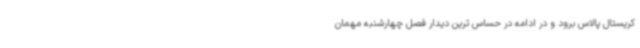
کریستال پالاس برود و در ادامه در حساس ترین دیدار فصل چهارشنبه مهمان